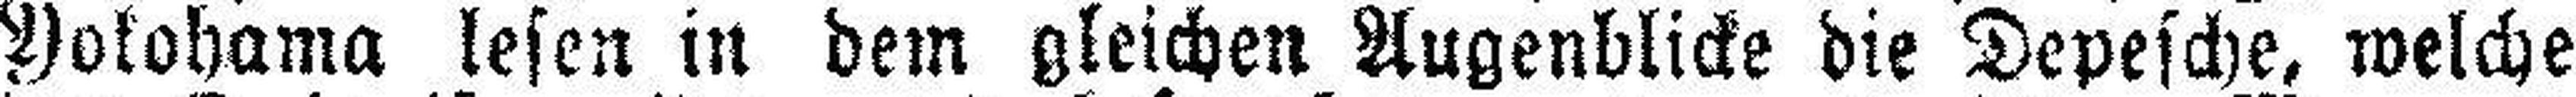
Yokohama lesen in dem gleichen Augenblicke die Depesche, welche